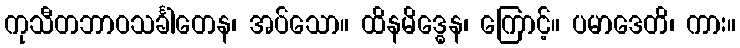
ကုသီတဘာဝသင်္ခါတေန၊ အပ်သော။ ထိနမိဒ္ဓေန၊ ကြောင့်။ ပမာဒေတိ၊ ကား။